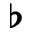
\flat